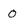
Character: 0